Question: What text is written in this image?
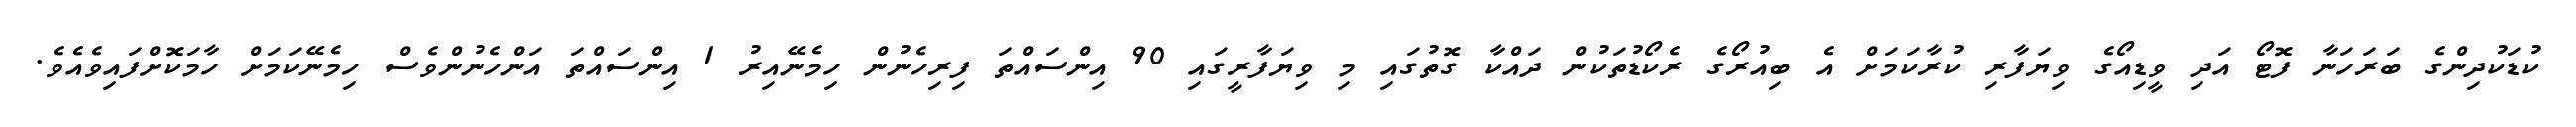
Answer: ކުޑަކުދިންގެ ބަރަހަނާ ފޮޓޯ އަދި ވީޑިއޯގެ ވިޔަފާރި ކުރާކަމަށް އެ ބިއުރޯގެ ރެކޯޑުތަކުން ދައްކާ ގޮތުގައި މި ވިޔަފާރީގައި 90 އިންސައްތަ ފިރިހެނުން ހިމެނޭއިރު 1 އިންސައްތަ އަންހެނުންވެސް ހިމެނޭކަމަށް ހާމަކޮށްފައިވެއެވެ.